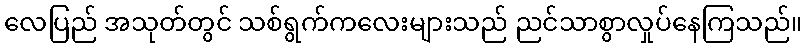
လေပြည် အသုတ်တွင် သစ်ရွက်ကလေးများသည် ညင်သာစွာလှုပ်နေကြသည်။